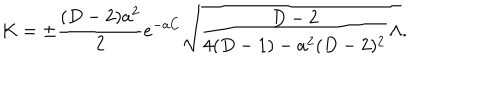
K = \pm { \frac { ( D - 2 ) a ^ { 2 } } { 2 } } e ^ { - a C } \sqrt { { \frac { D - 2 } { 4 ( D - 1 ) - a ^ { 2 } ( D - 2 ) ^ { 2 } } } \Lambda } .